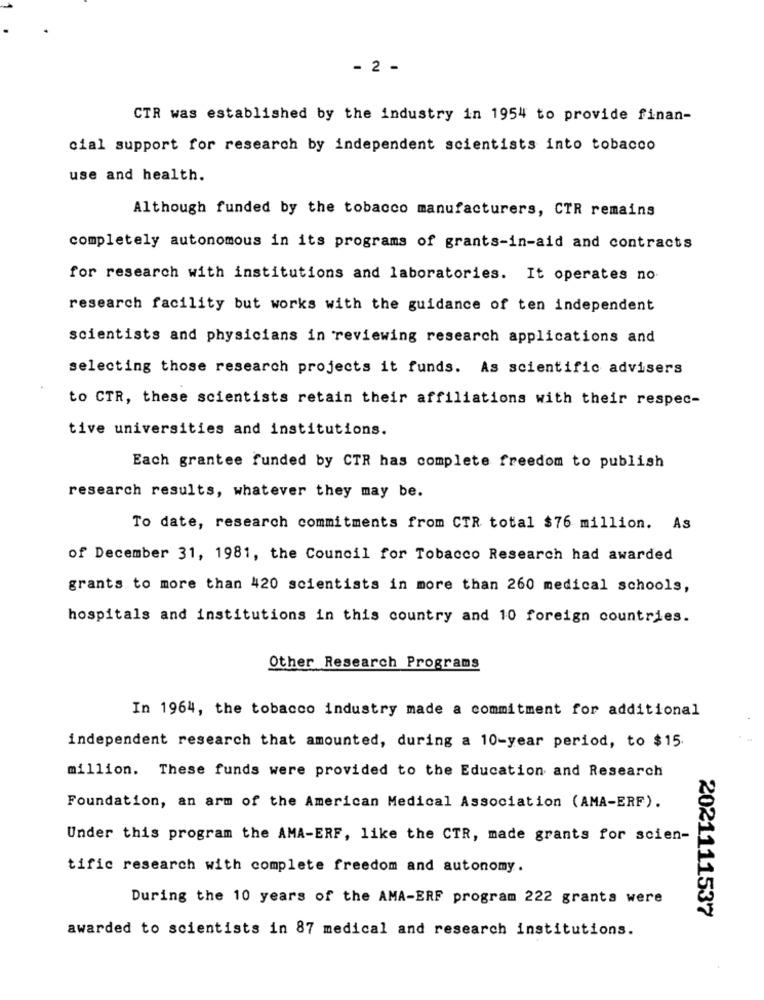
- 2 -
CTR was established by the industry in 1954 to provide finan-
cial support for research by independent scientists into tobacco
use and health.
Although funded by the tobacco manufacturers, CTR remains
completely autonomous in its programs of grants-in-aid and contracts
for research with institutions and laboratories. It operates no
research facility but works with the guidance of ten independent
scientists and physicians in reviewing research applications and
selecting those research projects it funds. As scientific advisers
to CTR, these scientists retain their affiliations with their respec-
tive universities and institutions.
Each grantee funded by CTR has complete freedom to publish
research results, whatever they may be.
To date, research commitments from CTR total $76 million. As
of December 31, 1981, the Council for Tobacco Research had awarded
grants to more than 420 scientists in more than 260 medical schools,
hospitals and institutions in this country and 10 foreign countries.
Other Research Programs
In 1964, the tobacco industry made a commitment for additional
independent research that amounted, during a 10-year period, to $15.
million. These funds were provided to the Education and Research
Foundation, an arm of the American Medical Association (AMA-ERF).
Under this program the AMA-ERF, like the CTR, made grants for scien-
tific research with complete freedom and autonomy.
During the 10 years of the AMA-ERF program 222 grants were
2021111537
awarded to scientists in 87 medical and research institutions.